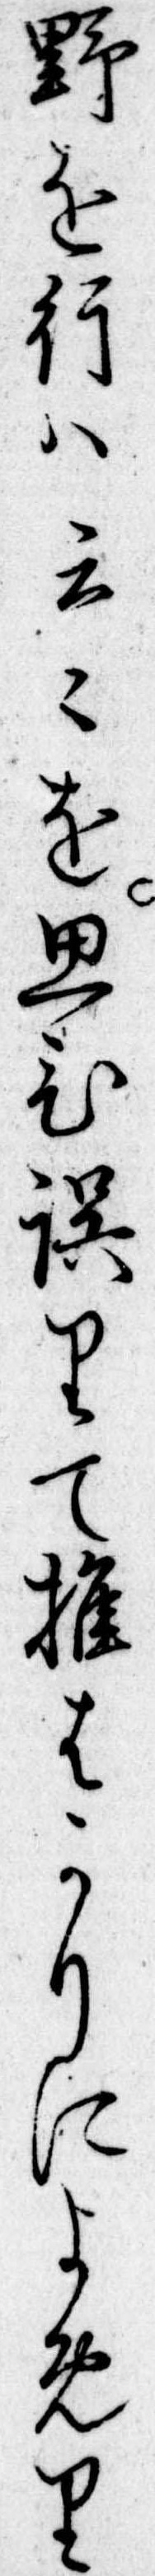
野を行は云を思ひ誤りて推はかりによめり